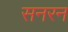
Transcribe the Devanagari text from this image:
सनरन